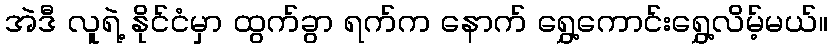
အဲဒီ လူရဲ့ နိုင်ငံမှာ ထွက်ခွာ ရက်က နောက် ရွှေ့ကောင်းရွှေ့လိမ့်မယ်။